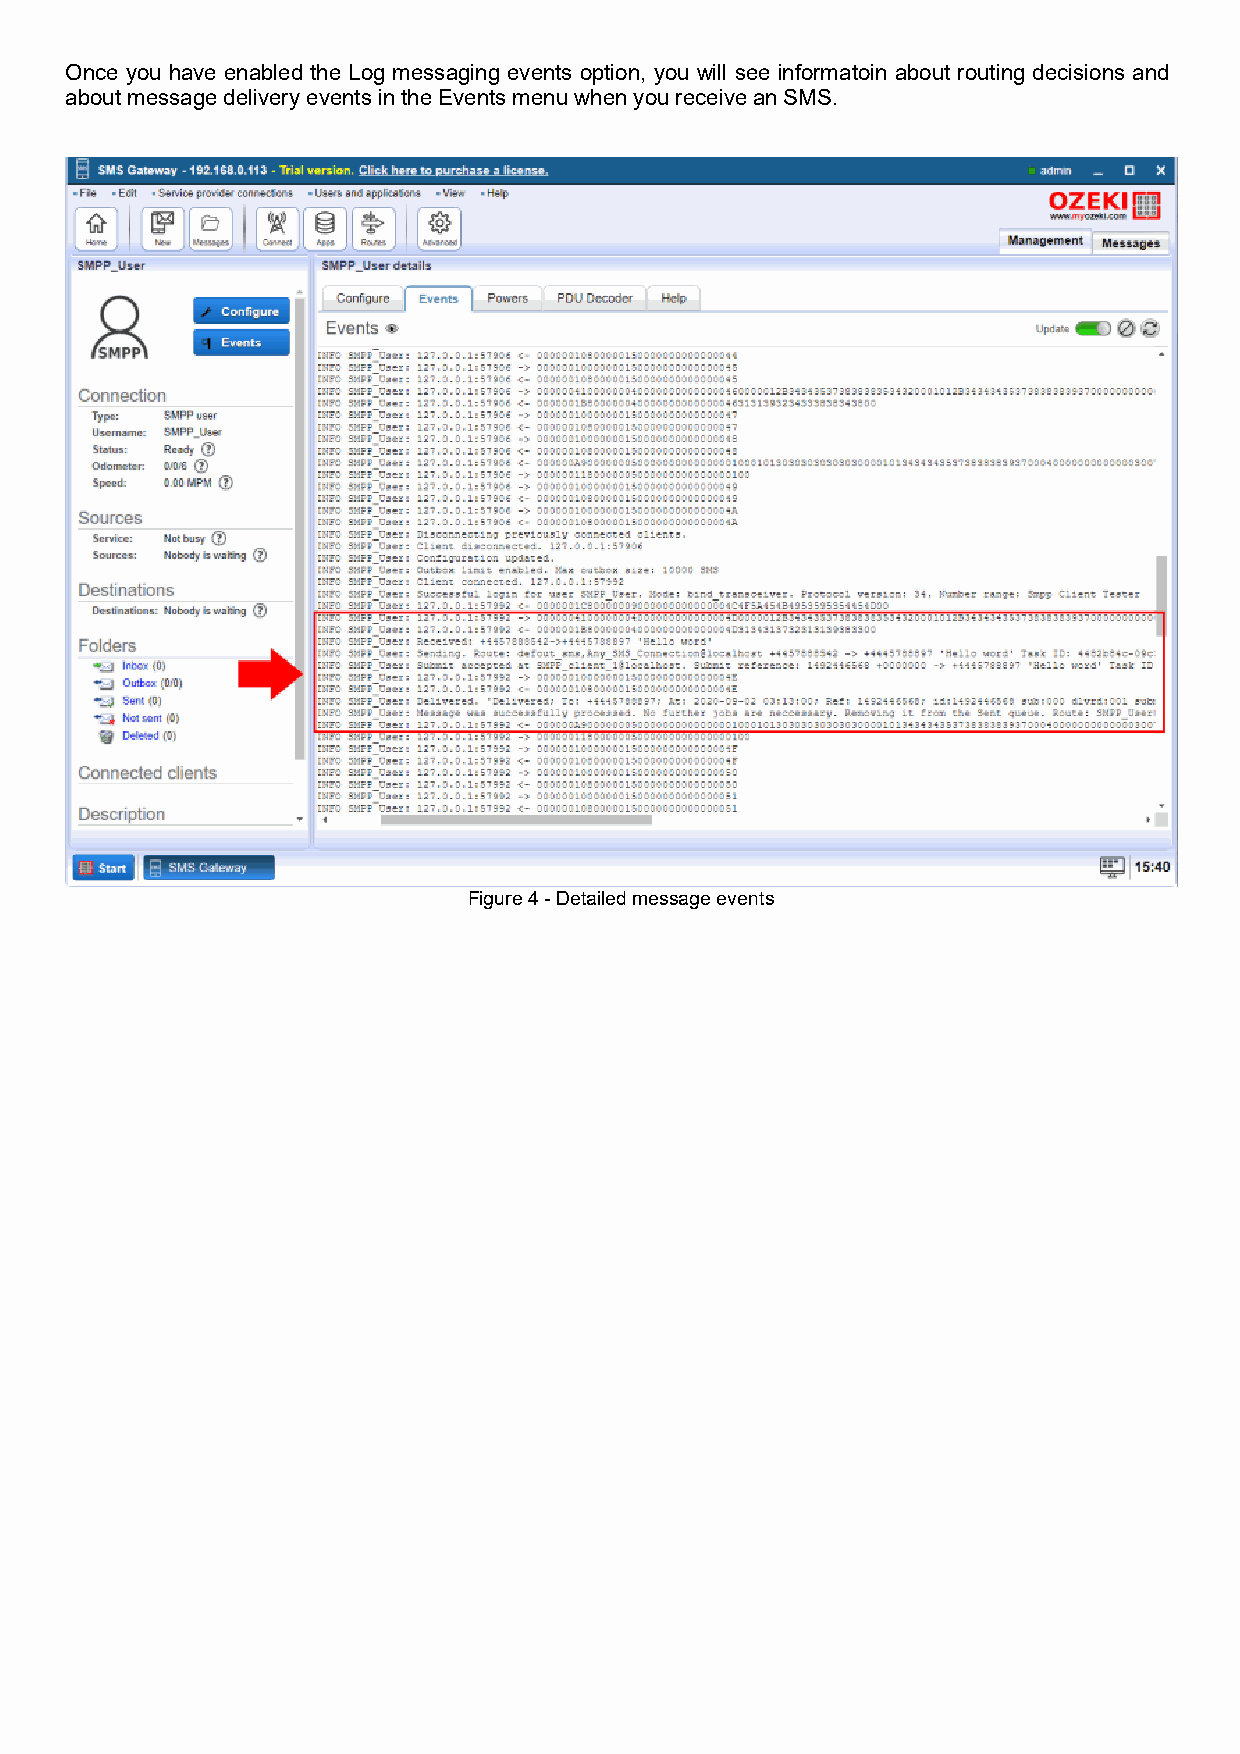
Once you have enabled the Log messaging events option, you will see informatoin about routing decisions and
 about message delivery events in the Events menu when you receive an SMS.
 Figure 4 - Detailed message events